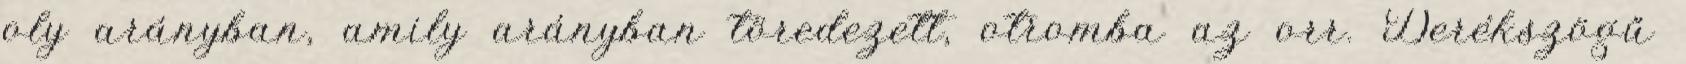
oly arányban, amily arányban töredezett, otromba az orr. Derékszögű